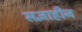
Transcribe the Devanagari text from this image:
सज्ञाहीन